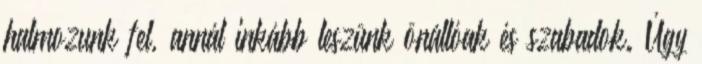
halmozunk fel, annál inkább leszünk önállóak és szabadok. Úgy